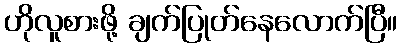
ဟိုလူစားဖို့ ချက်ပြုတ်နေလောက်ပြီ။